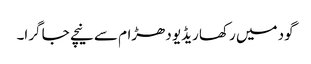
گود میں رکھا ریڈیو دھڑام سے نیچے جا گرا۔